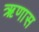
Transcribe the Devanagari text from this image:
ऋणास